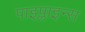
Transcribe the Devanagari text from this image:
पाइप्लाइन्स